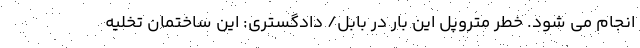
انجام می شود. خطر متروپل این بار در بابل/ دادگستری: این ساختمان تخلیه